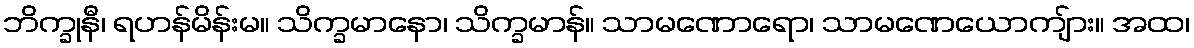
ဘိက္ခုနီ၊ ရဟန်မိန်းမ။ သိက္ခမာနော၊ သိက္ခမာန်။ သာမဏောရော၊ သာမဏေယောကျ်ား။ အထ၊